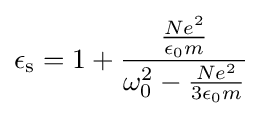
\epsilon _{\mathrm {s} }=1+{\frac {\frac {Ne^{2}}{\epsilon _{0}m}}{\omega _{0}^{2}-{\frac {Ne^{2}}{3\epsilon _{0}m}}}}